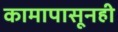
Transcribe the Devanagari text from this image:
कामापासूनही